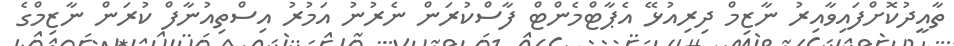
ތާއީދުކޮށްފައިވާއިރު ނާޒިމް ދިރިއުޅޭ އެޕާޓްމެންޓް ފާސްކުރަން ނެރުނު އަމުރު އިސްތިއުނާފް ކުރަން ނާޒިމްގެ